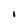
Character: I